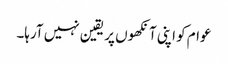
عوام کو اپنی آنکھوں پر یقین نہیں آرہا۔